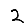
Digit: 2